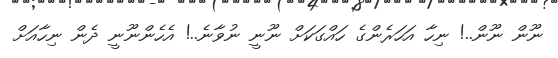
ނޫން ނޫން..! ނިހާ އަހަރެންގެ ހައްގަކަށް ނޫނީ ނުވާނެ..! އެހެންނޫނީ ދެން ނިހާއަށް